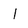
Character: l